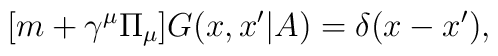
\bigl[ m+ \gamma^\mu \Pi_\mu \bigr] G(x,x'|A)=\delta(x-x'),